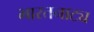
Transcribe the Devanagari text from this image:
भारतनाट्य